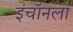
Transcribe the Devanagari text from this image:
इंचॉनला